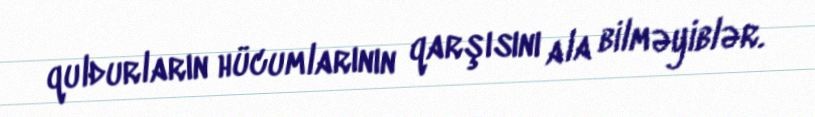
quldurların hücumlarının qarşısını ala bilməyiblər.